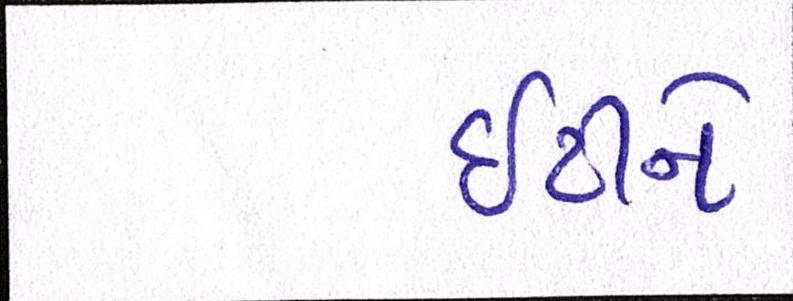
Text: ઇટીને